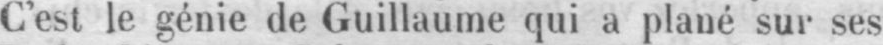
C’est le génie de Guillaume qui a plané sur ses